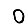
Digit: 0